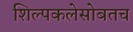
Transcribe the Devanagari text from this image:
शिल्पकलेसोबतच